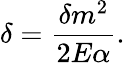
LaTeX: \delta=\frac{\delta m^{2}}{2E\alpha}.